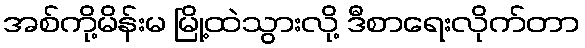
အစ်ကို့မိန်းမ မြို့ထဲသွားလို့ ဒီစာရေးလိုက်တာ